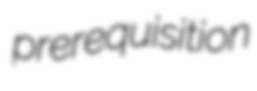
prerequisition